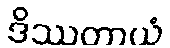
ဒိဿတာယံ